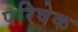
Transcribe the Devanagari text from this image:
परिषेक